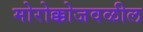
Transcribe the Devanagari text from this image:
मोरोक्कोजवळील